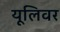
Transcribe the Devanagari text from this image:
यूलिवर